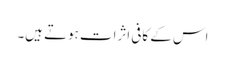
اس کے کافی اثرات ہوتے ہیں۔